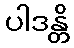
ပါဒန္တိ